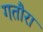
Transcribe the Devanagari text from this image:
गतौरा